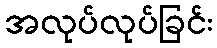
အလုပ်လုပ်ခြင်း